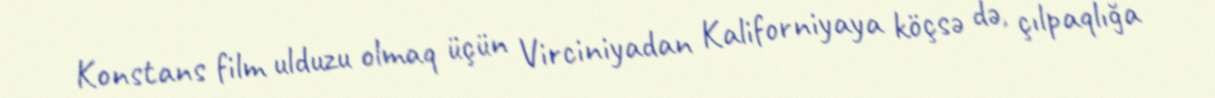
Konstans film ulduzu olmaq üçün Virciniyadan Kaliforniyaya köçsə də, çılpaqlığa